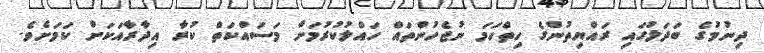
ދިނުމުގެ ބަދަލުގައި ރައްޔިތުންގެ ހިތްހަމަ ނުޖެހުންތައް ހައްލުކުރުމަށް މަސައްކަތް ކުރާ އިދާރާއަކަށް ކަމަށެވެ.